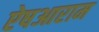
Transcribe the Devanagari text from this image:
ऐषआराम